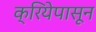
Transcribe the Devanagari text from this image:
क्रियेपासून